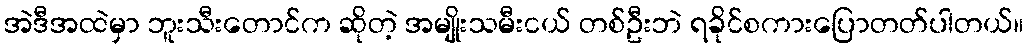
အဲဒီအထဲမှာ ဘူးသီးတောင်က ဆိုတဲ့ အမျိုးသမီးငယ် တစ်ဦးဘဲ ရခိုင်စကားပြောတတ်ပါတယ်။